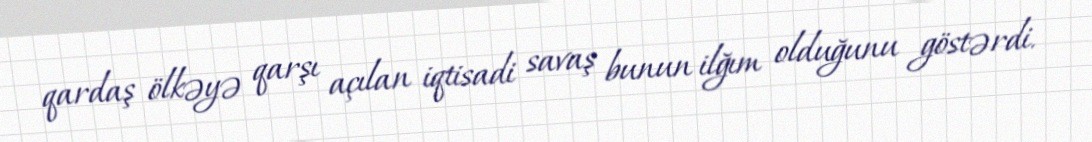
qardaş ölkəyə qarşı açılan iqtisadi savaş bunun ilğım olduğunu göstərdi.